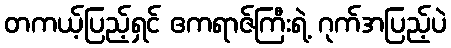
တကယ့်ပြည့်ရှင် ဧကရာဇ်ကြီးရဲ့ ဂုက်အပြည့်ပဲ